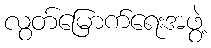
လွတ်မြောက်ရေးအဖွဲ့